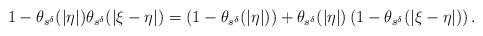
LaTeX: \begin{align*}1-\theta_{s^\delta}(|\eta|)\theta_{s^\delta}(|\xi-\eta|)=\left(1-\theta_{s^\delta}(|\eta|)\right)+\theta_{s^\delta}(|\eta|)\left(1-\theta_{s^\delta}(|\xi-\eta|)\right).\end{align*}